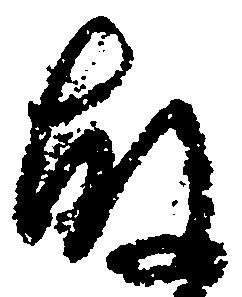
故